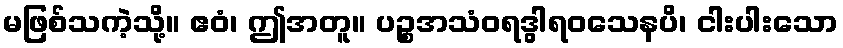
မဖြစ်သကဲ့သို့။ ဧဝံ၊ ဤအတူ။ ပဉ္စအသံဝရဒွါရဝသေနပိ၊ ငါးပါးသော